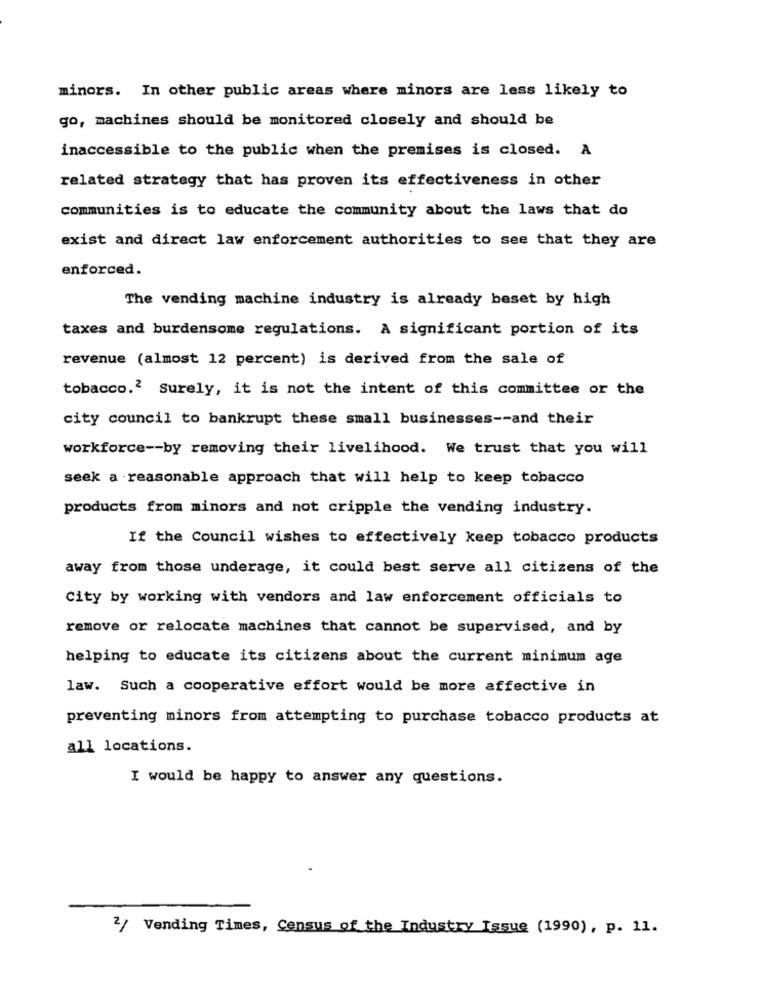
minors. In other public areas where minors are less likely to
go, machines should be monitored closely and should be
inaccessible to the public when the premises is closed. A
related strategy that has proven its effectiveness in other
communities is to educate the community about the laws that do
exist and direct law enforcement authorities to see that they are
enforced.
The vending machine industry is already beset by high
taxes and burdensome regulations. A significant portion of its
revenue (almost 12 percent) is derived from the sale of
tobacco.2 Surely, it is not the intent of this committee or the
city council to bankrupt these small businesses -- and their
workforce -- by removing their livelihood. We trust that you will
seek a reasonable approach that will help to keep tobacco
products from minors and not cripple the vending industry.
If the Council wishes to effectively keep tobacco products
away from those underage, it could best serve all citizens of the
City by working with vendors and law enforcement officials to
remove or relocate machines that cannot be supervised, and by
helping to educate its citizens about the current minimum age
law. Such a cooperative effort would be more effective in
preventing minors from attempting to purchase tobacco products at
all locations.
I would be happy to answer any questions.
2/ Vending Times, Census of the Industry Issue (1990), p. 11.